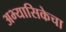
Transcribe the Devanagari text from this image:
अभ्यासिकेचा